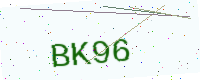
Text: BK96